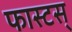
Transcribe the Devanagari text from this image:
फास्टस्